Note on the mental hospitals in Burma - 1925-1940
Year: 1925
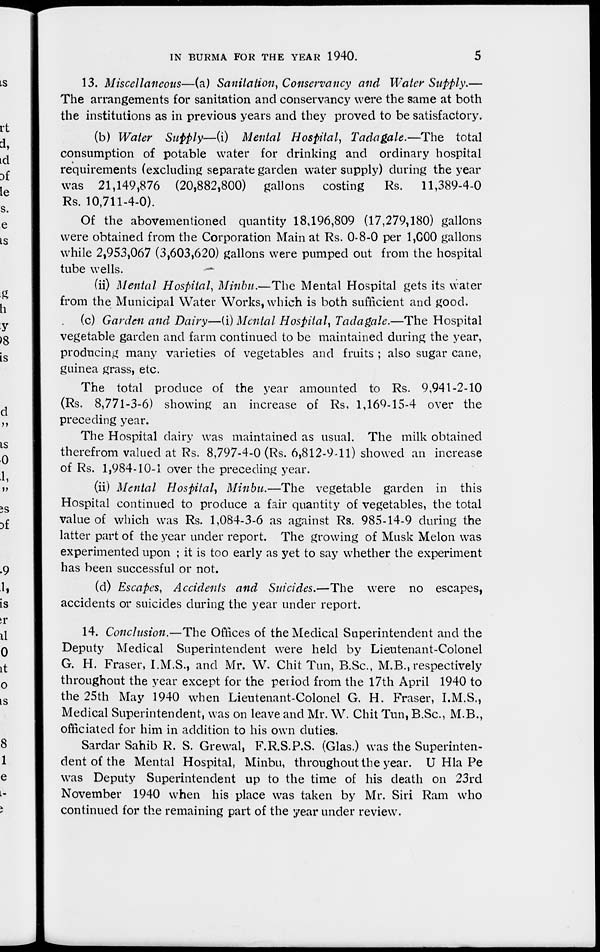
IN BURMA FOR THE YEAR 1940.
5
13. Miscellaneous—(a) Sanitation, Conservancy and Water Supply.—
The arrangements for sanitation and conservancy were the same at both
the institutions as in previous years and they proved to be satisfactory.
(b) Water Supply—(i) Mental Hospital, Tadagale.—The
total
consumption of potable water for drinking and ordinary hospital
requirements (excluding separate garden water supply) during the year
was 21,149,876 (20,882,800) gallons costing
Rs.
11,389-4-0
Rs. 10,711-4-0).
Of the abovementioned quantity 18,196,809 (17,279,180) gallons
were obtained from the Corporation Main at Rs. 0-8-0 per 1,000 gallons
while 2,953,067 (3,603,620) gallons were pumped out from the hospital
tube wells.
(ii) Mental Hospital, Minbu.—The Mental Hospital gets its water
from the Municipal Water Works, which is both sufficient and good.
(c) Garden and Dairy—(i) Mental Hospital, Tadagale.—The Hospital
vegetable garden and farm continued to be maintained during the year,
producing many varieties of vegetables and fruits ; also sugar cane,
guinea grass, etc.
The total produce of the year amounted to Rs. 9,941-2-10
(Rs. 8,771-3-6) showing an increase of Rs. 1,169-15-4 over the
preceding year.
The Hospital dairy was maintained as usual. The milk obtained
therefrom valued at Rs. 8,797-4-0 (Rs. 6,812-9-11) showed an increase
of Rs. 1,984-10-1 over the preceding year.
(ii) Mental Hospital, Minbu.—The vegetable garden in this
Hospital continued to produce a fair quantity of vegetables, the total
value of which was Rs. 1,084-3-6 as against Rs. 985-14-9 during the
latter part of the year under report. The growing of Musk Melon was
experimented upon ; it is too early as yet to say whether the experiment
has been successful or not.
(d) Escapcs, Accidents and Suicides.—The were no escapes,
accidents or suicides during the year under report.
14. Conclusion.—The Offices of the Medical Superintendent and the
Deputy Medical Superintendent were held by Lieutenant-Colonel
G. H. Fraser, I.M.S., and Mr. W. Chit: Tun, B.Sc, M.B., respectively
throughout the year except for the period from the 17th April 1940 to
the 25th May 1940 when Lieutenant-Colonel G. H. Fraser, I.M.S.,
Medical Superintendent, was on leave and Mr. W. Chit Tun, B.Sc, M.B.,
officiated for him in addition to his own duties.
Sardar Sahib R. S. Grewal, F.R.S.P.S. (Glas.) was the Superinten-
dent of the Mental Hospital, Minbu, throughout the year. U Hla Pe
was Deputy Superintendent up to the time of his death on 23rd
November 1940 when his place was taken by Mr. Siri Ram who
continued for the remaining part of the year under review.